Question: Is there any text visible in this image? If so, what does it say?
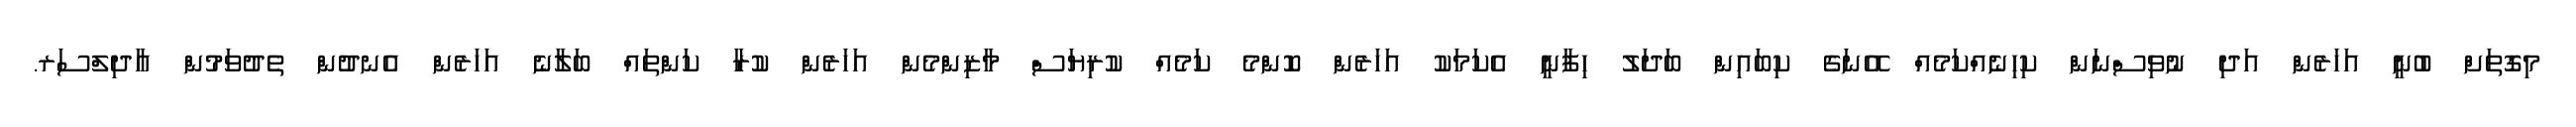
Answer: މިގޮތަށް ބުނީ އަހަރެން އަދި ނުވިސްނަން ކިހިނެއްކަމެއް އޭނަގެ ކިބައިން ބަދަލު ހިފާނީ އެކަމަކު އަހަރެން ކޮންމެ ކަމެއް ކުރިޔަސް މާޒިންމެން އަހަރެން ކުރާ ކަންތައް ބަލާނެ އަހަރެން އެނދުން ތެދުވަމުން އާދިލްސަރ.